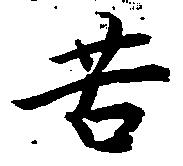
苦